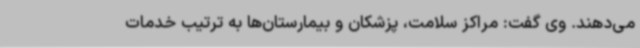
می‌دهند. وی گفت: مراکز سلامت، پزشکان و بیمارستان‌ها به ترتیب خدمات